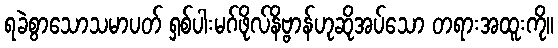
ရခဲစွာသောသမာပတ် ရှစ်ပါးမဂ်ဖိုလ်နိဗ္ဗာန်ဟုဆိုအပ်သော တရားအထူးကို။